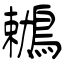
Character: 鶒